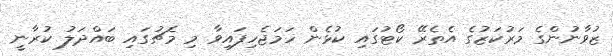
ޒުވާނުންގެ މަރުކަޒުގެ އެތެރޭ ކޯޓުގައި ކުޅެން ހަމަޖެހިފައިވާ މި މެޗުގައި ބައްދަލު ކުރާނީ